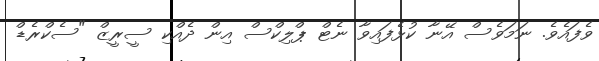
ވެފައެވެ. ނަމަވެސް އޭނާ ކުޅެފައިވާ ނެޓް ޕްލިކްސް އިން ދެއްކި ސީރީޒް "ސެކްރެޑް